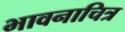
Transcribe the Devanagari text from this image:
भावनाचित्र